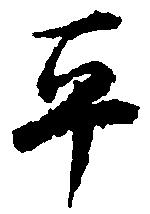
平